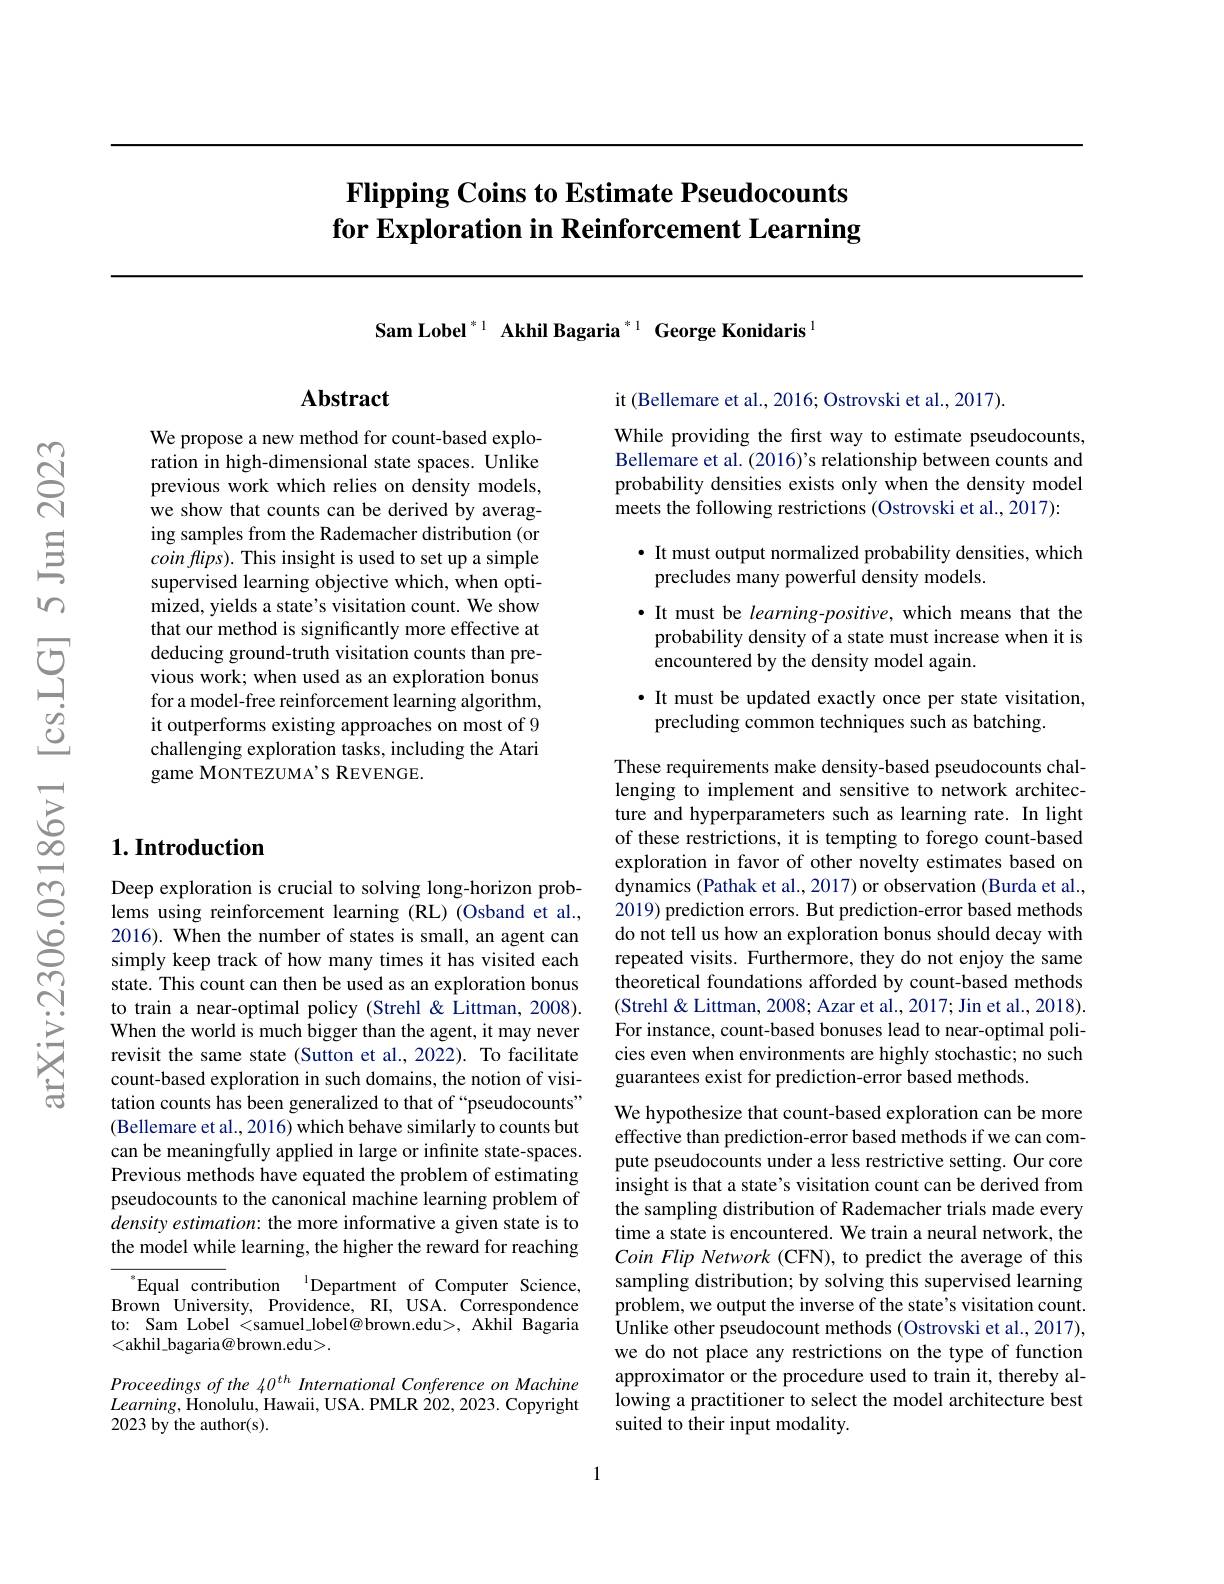
# $\textbf{Flipping Coins to Estimate Pseudocounts}$ for Exploration in Reinforcement Learning

Sam Lobel $^{*1}$ Akhil Bagaria $^{*1}$ George Konidaris$^{1}$

## Abstract

We propose a new method for count-based exploration in high-dimensional state spaces. Unlike previous work which relies on density models, we show that counts can be derived by averaging samples from the Rademacher distribution (or $coinflips).$ This insight is used to set up a simple supervised learning objective which, when optimized, yields a state's visitation count. We show that our method is significantly more effective at deducing ground-truth visitation counts than previous work; when used as an exploration bonus for a model-free reinforcement learning algorithm, it outperforms existing approaches on most of 9 challenging exploration tasks, including the Atari game MONTEZUMA’S REVENGE.

## $1. \textbf{Introduction}$

Deep exploration is crucial to solving long-horizon problems using reinforcement learning (RL) (Osband et al., 2016). When the number of states is small, an agent can simply keep track of how many times it has visited each state. This count can then be used as an exploration bonus to train a near-optimal policy (Strehl & Littman, 2008). When the world is much bigger than the agent, it may never revisit the same state (Sutton et al., 2022). To facilitate count-based exploration in such domains, the notion of visitation counts has been generalized to that of“pseudocounts” (Bellemare et al., 2016) which behave similarly to counts but can be meaningfully applied in large or infinite state-spaces. Previous methods have equated the problem of estimating pseudocounts to the canonical machine learning problem of $densityestimation:$ the more informative a given state is to the model while learning, the higher the reward for reaching

$^{*}$Equal contribution$\:^{1}$Department of Computer Science, $\dot{\mathrm{Brown}}$ University, Providence, RI, USA. Correspondence to: Sam Lobel <samuel\_lobel@brown.edu>, Akhil Bagaria <akhil\_bagaria@brown.edu>.

Proceedings of the 40$^{th}$ International Conference on Machine $Learning$,Honolulu,$^\prime$Hawaii, USA. PMLR 202, 2023. Copyright 2023 by the author(s).

it (Bellemare et al., 2016; Ostrovski et al., 2017).

While providing the first way to estimate pseudocounts, Bellemare et al. (2016)'s relationship between counts and probability densities exists only when the density model meets the following restrictions (Ostrovski et al., 2017):

## · It must output normalized probability densities, which precludes many powerful density models.

· It must be learning-positive, which means that the probability density of a state must increase when it is encountered by the density model again.

· It must be updated exactly once per state visitation,
precluding common techniques such as batching

These requirements make density-based pseudocounts challenging to implement and sensitive to network architecture and hyperparameters such as learning rate. In light of these restrictions, it is tempting to forego count-based exploration in favor of other novelty estimates based on dynamics (Pathak et al., 2017) or observation (Burda et al., 2019) prediction errors. But prediction-error based methods do not tell us how an exploration bonus should decay with repeated visits. Furthermore, they do not enjoy the same theoretical foundations afforded by count-based methods (Strehl& Littman, 2008; Azar et al., 2017; Jin et al., 2018). For instance, count-based bonuses lead to near-optimal policies even when environments are highly stochastic; no such guarantees exist for prediction-error based methods.

We hypothesize that count-based exploration can be more effective than prediction-error based methods if we can compute pseudocounts under a less restrictive setting. Our core insight is that a state's visitation count can be derived from the sampling distribution of Rademacher trials made every time a state is encountered. We train a neural network, the Coin Flip Network (CFN), to predict the average of this sampling distribution; by solving this supervised learning problem, we output the inverse of the state's visitation count. ${\overset{\mathrm{U}}{\operatorname*{\operatorname*{\text{Unlike other pseudocount methods (Ostrovski et al.,2017),}}}}}$ we do not place any restrictions on the type of function approximator or the procedure used to train it, thereby allowing a practitioner to select the model architecture best suited to their input modality.

1